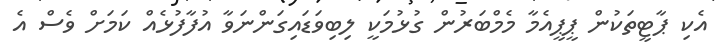
އެކި ޕާޓީތަކުން ޕީޕީއެމާ މެމްބަރުން ގުޅުމަކީ ލިބިވަޑައިގަންނަވާ އުފާފުޅެއް ކަމަށް ވެސް އެ